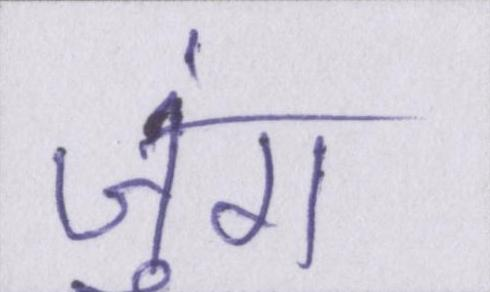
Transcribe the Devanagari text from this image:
जुंग